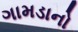
ગામડાનો